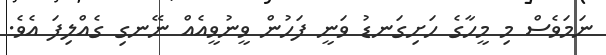
ނަމަވެސް މި މީހާގެ ހަށިގަނޑު ވަނީ ފަހުން ވީނުވީއެއް ނޭނގި ގެއްލިފަ އެވެ.